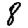
Digit: 8